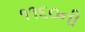
૧૧૬૦ની